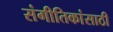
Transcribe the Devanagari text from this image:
संगीतिकांसाठी